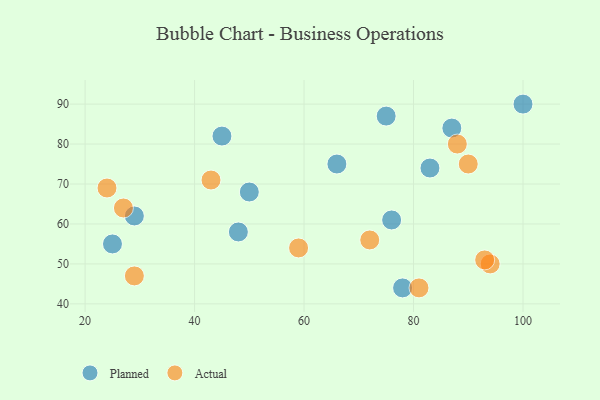
{"axis": {"x": "GDP", "y": "Life Expectancy"}, "legend": ["Actual", "Planned"], "data": [{"x": "100", "y": 90, "type": "Planned"}, {"x": "83", "y": 74, "type": "Planned"}, {"x": "29", "y": 62, "type": "Planned"}, {"x": "78", "y": 44, "type": "Planned"}, {"x": "87", "y": 84, "type": "Planned"}, {"x": "76", "y": 61, "type": "Planned"}, {"x": "25", "y": 55, "type": "Planned"}, {"x": "48", "y": 58, "type": "Planned"}, {"x": "45", "y": 82, "type": "Planned"}, {"x": "75", "y": 87, "type": "Planned"}, {"x": "66", "y": 75, "type": "Planned"}, {"x": "50", "y": 68, "type": "Planned"}, {"x": "88", "y": 80, "type": "Actual"}, {"x": "72", "y": 56, "type": "Actual"}, {"x": "81", "y": 44, "type": "Actual"}, {"x": "94", "y": 50, "type": "Actual"}, {"x": "27", "y": 64, "type": "Actual"}, {"x": "43", "y": 71, "type": "Actual"}, {"x": "93", "y": 51, "type": "Actual"}, {"x": "29", "y": 47, "type": "Actual"}, {"x": "24", "y": 69, "type": "Actual"}, {"x": "59", "y": 54, "type": "Actual"}, {"x": "90", "y": 75, "type": "Actual"}]}